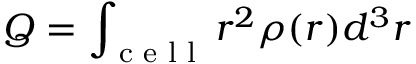
Q = \int _ { \textrm { c e l l } } r ^ { 2 } \rho ( r ) d ^ { 3 } r